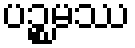
ပဉ္စမဿ